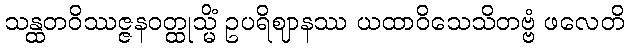
သန္ထတဝိဿဇ္ဇနဝတ္ထုသ္မိံ ဥပရိဈာနဿ ယထာဝိသေသိတဗ္ဗံ ဖလေတိ